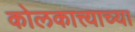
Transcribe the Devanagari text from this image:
कोलकात्त्याच्या